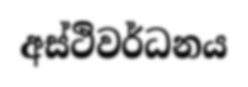
අස්ථිවර්ධනය